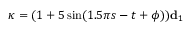
\boldsymbol { \kappa } = ( 1 + 5 \sin ( 1 . 5 \pi s - t + \phi ) ) \mathbf { d } _ { 1 }